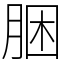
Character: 㬷